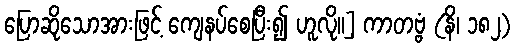
ပြောဆိုသောအားဖြင့် ကျေနပ်စေပြီး၍ ဟူလို။] ကာတဗ္ဗံ (နိ၊ ၁၈၂)